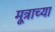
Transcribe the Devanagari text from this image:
मूत्राच्या